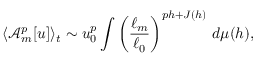
\langle \mathcal { A } _ { m } ^ { p } [ u ] \rangle _ { t } \sim u _ { 0 } ^ { p } \int \left( \frac { \ell _ { m } } { \ell _ { 0 } } \right) ^ { p h + J ( h ) } \, d \mu ( h ) ,